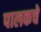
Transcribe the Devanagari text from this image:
पालकचे